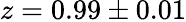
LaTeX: z=0.99\pm 0.01